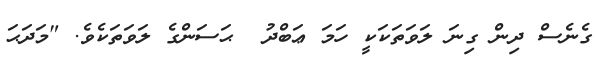
ގެނެސް ދިން ގިނަ ލަވަތަކަކީ ހަމަ ޢަބްދު  ޙަސަންގެ ލަވަތަކެވެ. "މަދަޙަ